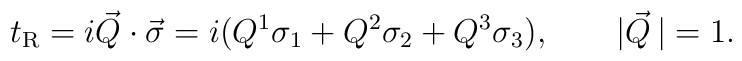
t_{\rm R}= i\vec Q\cdot \vec\sigma=i(Q^1\sigma_1+Q^2\sigma_2+Q^3\sigma_3), \qquad |\vec Q\,|=1.